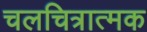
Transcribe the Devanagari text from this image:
चलचित्रात्मक